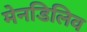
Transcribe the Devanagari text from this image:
मेनडिलिव